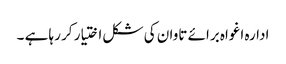
ادارہ اغواہ برائے تاوان کی شکل اختیار کر رہا ہے ۔